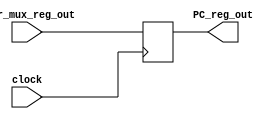
`timescale 1ps / 1ps
//////////////////////////////////////////////////////////////////////////////////
// Company: 
// Engineer: 
// 
// Design Name: 
// Module Name: pc_reg_synchronous
// Project Name: 
// Target Devices: 
// Tool Versions: 
// Description: 
// 
// Dependencies: 
// 
// Revision:
// Revision 0.01 - File Created
// Additional Comments:
// 
//////////////////////////////////////////////////////////////////////////////////


module PC_reg_synchronous(input [11:0]addr_mux_reg_out,
input clock,
output [11:0]PC_reg_out
 );
 reg [11:0]main_reg;
 always@(posedge clock)
 begin
 main_reg=addr_mux_reg_out;
 end
 assign PC_reg_out=main_reg;
endmodule